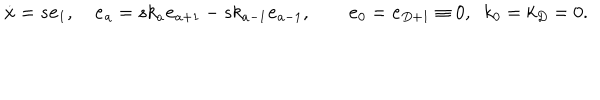
{ \bf { \dot { x } } } = s { \bf e } _ { 1 } , \quad { \bf \dot { e } } _ { a } = s k _ { a } { \bf e } _ { a + 1 } - s k _ { a - 1 } { \bf e } _ { a - 1 } , \quad \quad { \bf e } _ { 0 } = { \bf e } _ { D + 1 } \equiv 0 , \; \; k _ { 0 } = k _ { D } = 0 .